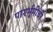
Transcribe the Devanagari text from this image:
पार्श्भूमीची